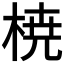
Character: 𣓤